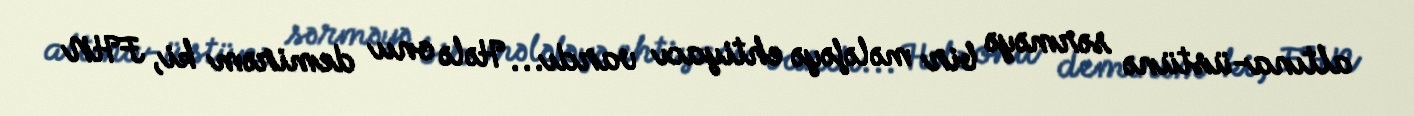
altına-üstünə sərməyə bir mələfəyə ehtiyacı vardı... Hələ onu demirəm ki, FHN